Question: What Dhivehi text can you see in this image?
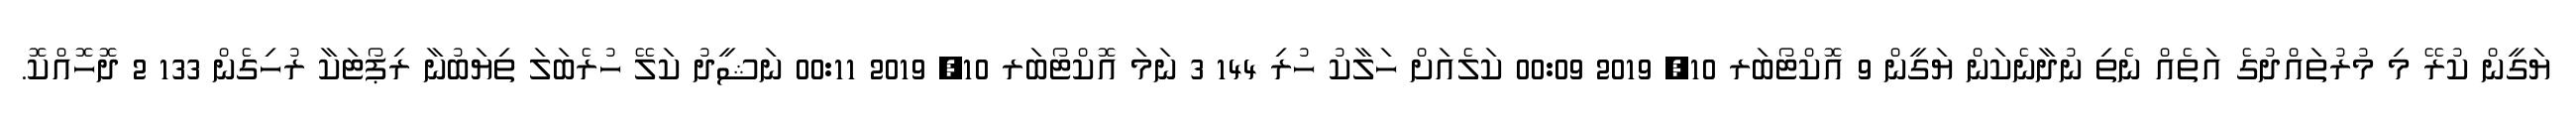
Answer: ޔަގީން ކުރޭ މި މުރުތައްދުގެ އަތެއް ނެތި ނުދާނެކަން ޔަގީން 9 އޮކްޓޯބަރ 10, 2019 00:09 ކަލެއަށް ހަލާކު ހުރި 144 3 ނަމަ އޮކްޓޯބަރ 10, 2019 00:11 ނަޝީދު ކަލޭ ހުރެބަލަ ތިޔަބުނާ ރިޕޯޓަކާ ރުހިގެން 133 2 ދޮހޮއްކޮ.